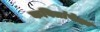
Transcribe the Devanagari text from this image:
कवितांपेक्षा